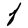
Character: F